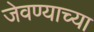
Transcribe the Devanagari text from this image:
जेवण्याच्या